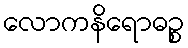
လောကနိရောဓဉ္စ